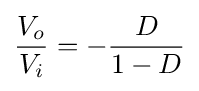
{\frac {V_{o}}{V_{i}}}=-{\frac {D}{1-D}}